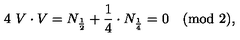
4 \ V \cdot V = N _ { { \frac { 1 } { 2 } } } + { \frac { 1 } { 4 } } \cdot N _ { \frac { 1 } { 4 } } = 0 \quad ( \mathrm { m o d } \ 2 ) ,